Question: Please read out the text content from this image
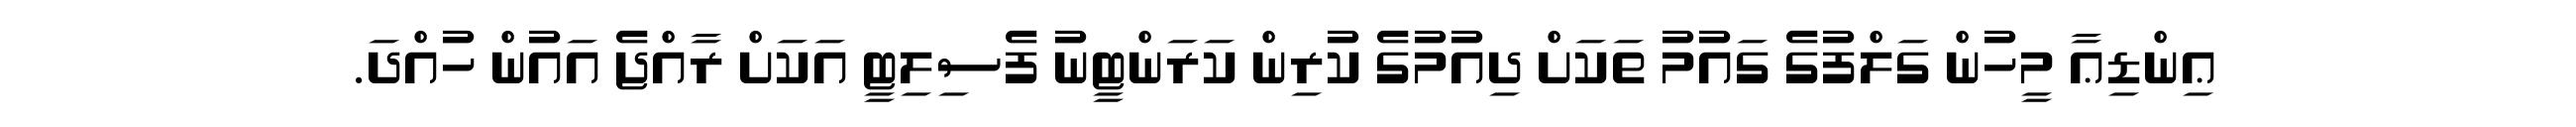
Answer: ޢިންޑިޢާ މީހުން ގަލްފުގެ ގައުމު ތަކަށް ދިއުމުގެ ކުރިން ކަރަންޓީނު ފެސިލިޓީ އަކަށް ރާއްޖެ އައުން ހުއްދަ.